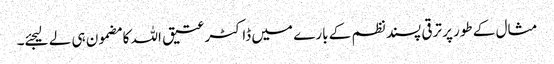
مثال کے طور پر ترقی پسند نظم کے بارے میں ڈاکٹر عتیق اللہ کا مضمون ہی لے لیجئے۔